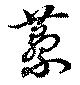
虆